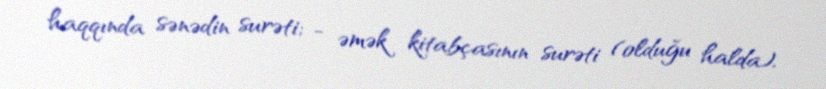
haqqında sənədin surəti; - əmək kitabçasının surəti (olduğu halda).